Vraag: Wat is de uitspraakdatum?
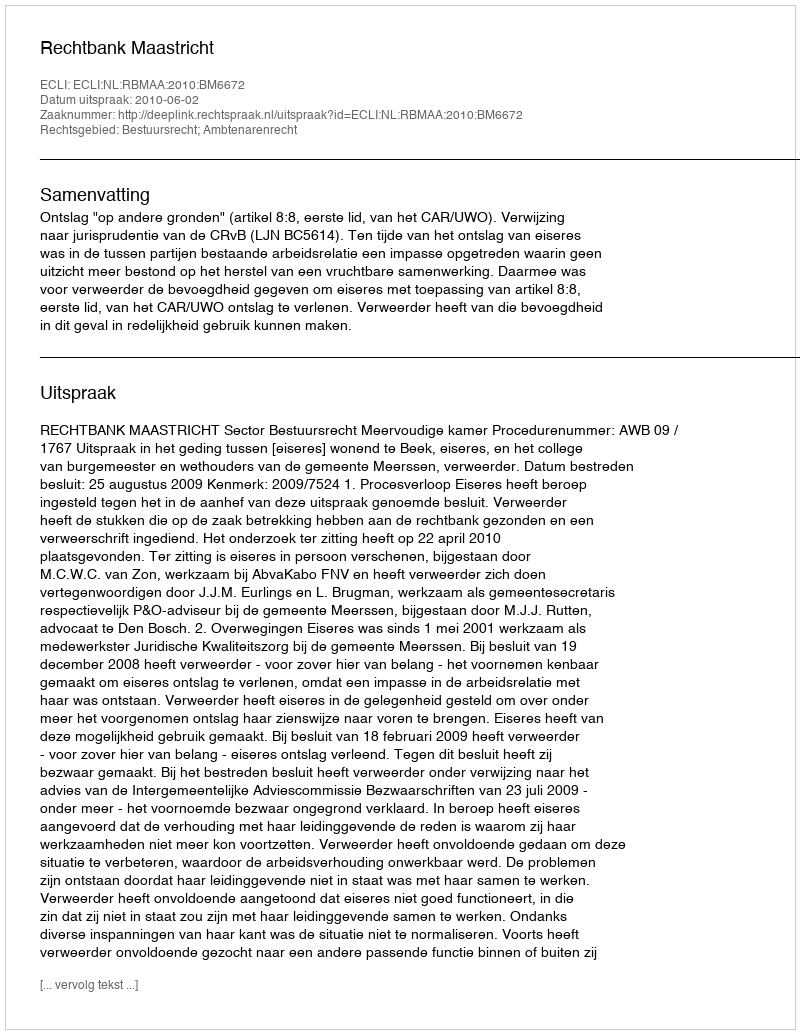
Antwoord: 2010-06-02